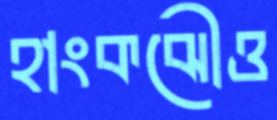
হাংকঝৌও